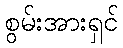
စွမ်းအားရှင်